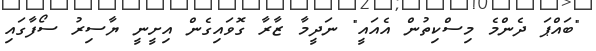
"ބައްޕަ ދެންމެ މިސްކިތުން އެއައީ" ނަދީމާ ޒާރާ ގޮވައިގެން އިށީނީ ޔާސިރު ސޯފާގައި